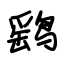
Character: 鹞